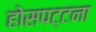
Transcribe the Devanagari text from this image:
होसपट्टना